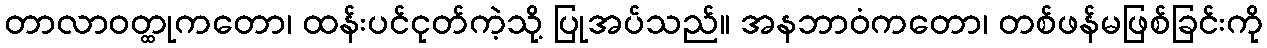
တာလာဝတ္ထုကတော၊ ထန်းပင်ငုတ်ကဲ့သို့ ပြုအပ်သည်။ အနဘာဝံကတော၊ တစ်ဖန်မဖြစ်ခြင်းကို